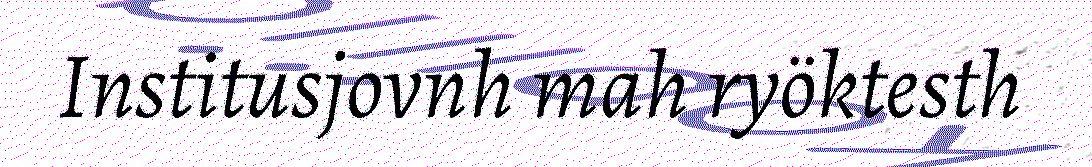
Institusjovnh mah ryöktesth